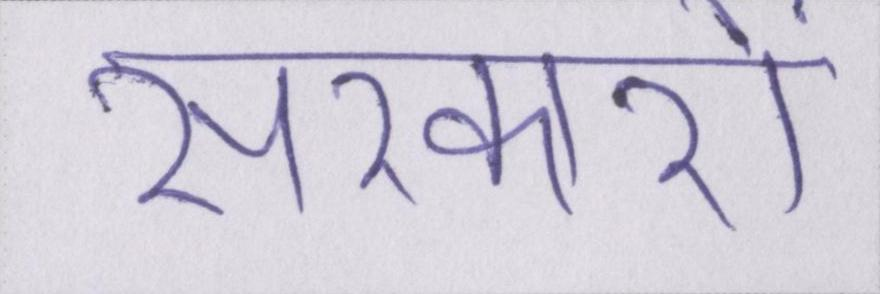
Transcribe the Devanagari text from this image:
सरकारों